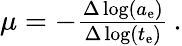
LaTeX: \begin{array}{r}{\mu=-\frac{\Delta\log(a_{\mathrm{e}})}{\Delta\log(t_{\mathrm{e}})}\, .}\end{array}